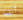
أنا